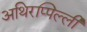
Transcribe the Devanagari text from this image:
अथिरप्पिल्ली